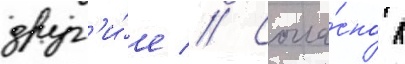
друг'и́е // Согла́сно л